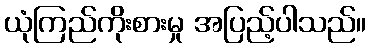
ယုံကြည်ကိုးစားမှု အပြည့်ပါသည်။